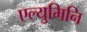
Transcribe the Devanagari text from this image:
एल्युमिनि